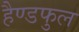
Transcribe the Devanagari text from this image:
हैण्डफुल